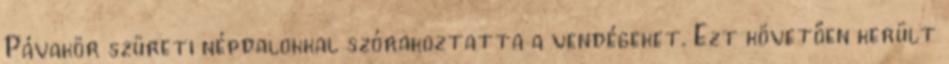
Pávakör szüreti népdalokkal szórakoztatta a vendégeket. Ezt követően került